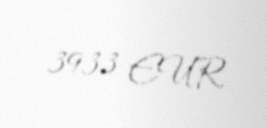
3933 EUR